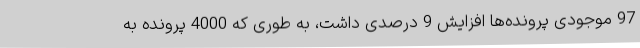
97 موجودی پرونده‌ها افزایش 9 درصدی داشت، به طوری که 4000 پرونده به